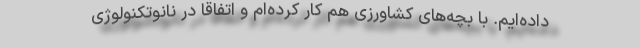
داده‌ایم. با بچه‌های کشاورزی هم کار کرده‌ام و اتفاقاً در نانوتکنولوژی